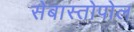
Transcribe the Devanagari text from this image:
सेबास्तोपोल